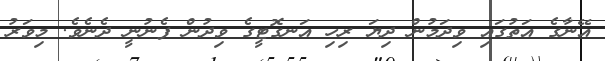
އޭނާގެ އަތުގައި ވިދަމުން ދިޔަ ރިހި އަނގޮޓީގެ ވިދުން ފެނުނީ ދެނެވެ. މިވަރު